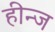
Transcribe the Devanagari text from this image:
हीन्ज